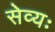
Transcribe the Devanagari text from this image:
सेव्यः